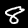
Digit: 8